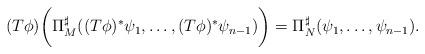
LaTeX: \begin{align*}(T\phi) \bigg(\Pi_M^{\sharp} ( (T\phi)^*\psi_1, \ldots, (T\phi)^*\psi_{n-1})\bigg) = {\Pi}_N^{\sharp} (\psi_1, \ldots, \psi_{n-1}).\end{align*}